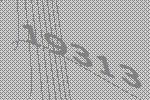
19313